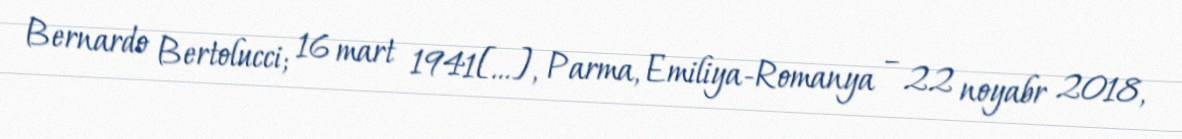
Bernardo Bertolucci; 16 mart 1941[…], Parma, Emiliya-Romanya – 22 noyabr 2018,